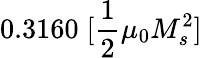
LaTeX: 0.3160\; [\frac{1}{2}\mu_{0}M_{s}^{2}]